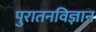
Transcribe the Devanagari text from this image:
पुरातनविज्ञान